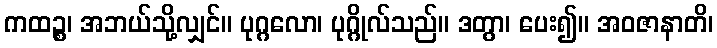
ကထဉ္စ၊ အဘယ်သို့လျှင်။ ပုဂ္ဂလော၊ ပုဂ္ဂိုလ်သည်။ ဒတွာ၊ ပေး၍။ အဝဇာနာတိ၊